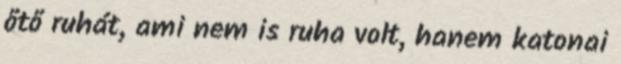
őtő ruhát, ami nem is ruha volt, hanem katonai